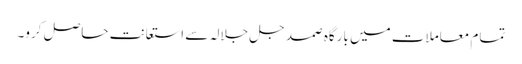
تمام معاملات میں بارگاہِ صمد جل جلالہ سے استعانت حاصل کرو۔